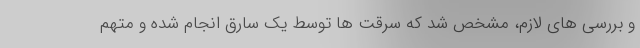
و بررسی های لازم، مشخص شد که سرقت ها توسط یک سارق انجام شده و متهم